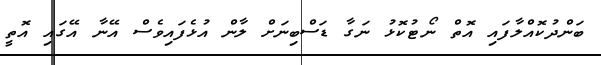
ބަންދުކޮއްލާފައި އޮތް ނޯޓުކޮޅު ނަގާ ޑަސްބިނަށް ލާން އުޅެފައިވެސް އޭނާ އޭގައި އޮތީ